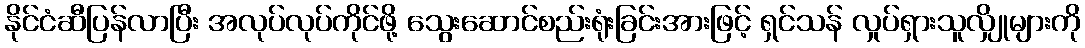
နိုင်ငံဆီပြန်လာပြီး အလုပ်လုပ်ကိုင်ဖို့ သွေးဆောင်စည်းရုံးခြင်းအားဖြင့် ရှင်သန် လှုပ်ရှားသူလျှိုများကို